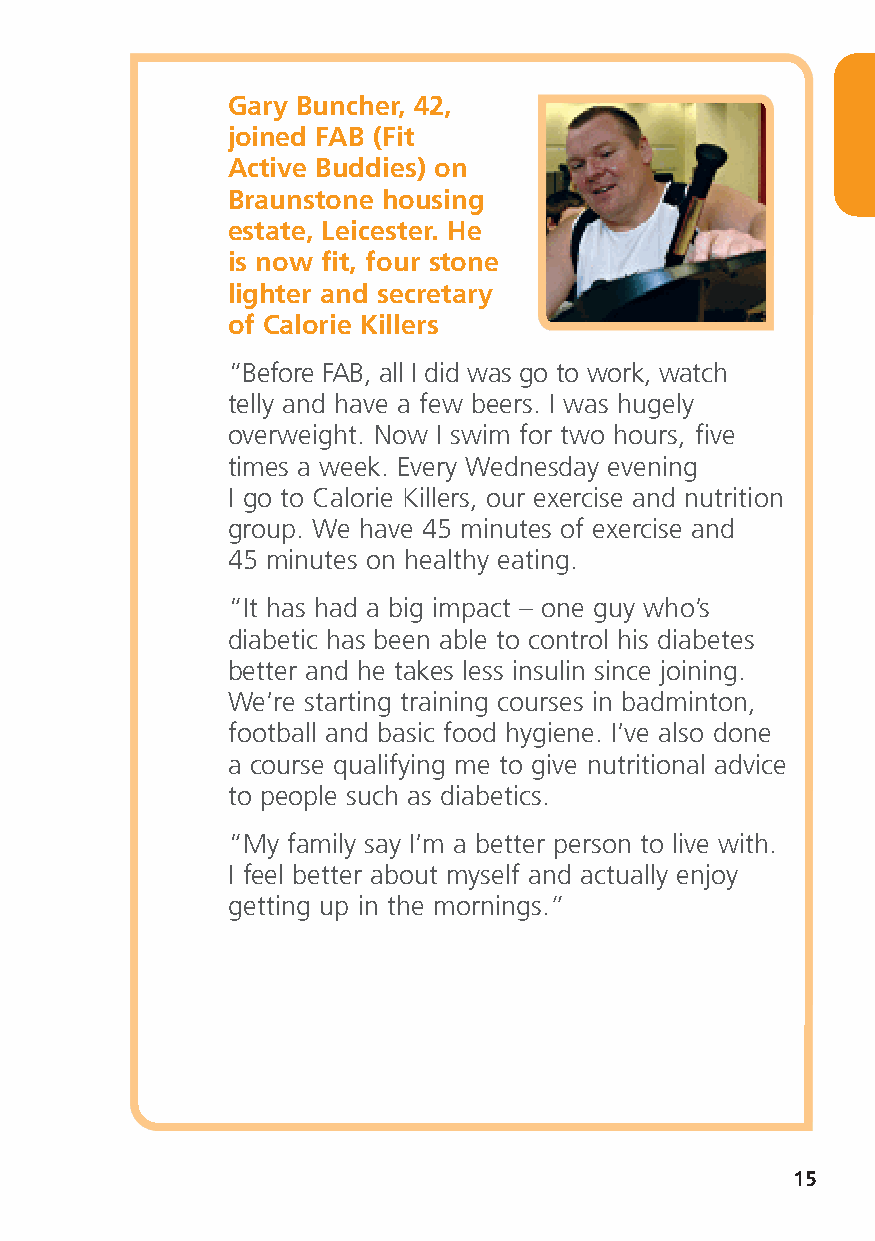
Gary Buncher, 42,
 joined FAB (Fit
 Active Buddies) on
 Braunstone housing
 estate, Leicester. He
 is now fit, four stone
 lighter and secretary
 of Calorie Killers
 “Before FAB, all I did was go to work, watch
 telly and have a few beers. I was hugely
 overweight. Now I swim for two hours, five
 times a week. Every Wednesday evening
 I go to Calorie Killers, our exercise and nutrition
 group. We have 45 minutes of exercise and
 45 minutes on healthy eating.
 “It has had a big impact – one guy who’s
 diabetic has been able to control his diabetes
 better and he takes less insulin since joining.
 We’re starting training courses in badminton,
 football and basic food hygiene. I’ve also done
 a course qualifying me to give nutritional advice
 to people such as diabetics.
 “My family say I’m a better person to live with.
 I feel better about myself and actually enjoy
 getting up in the mornings.”
 15